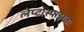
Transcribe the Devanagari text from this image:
लेप्टोस्पाइरता